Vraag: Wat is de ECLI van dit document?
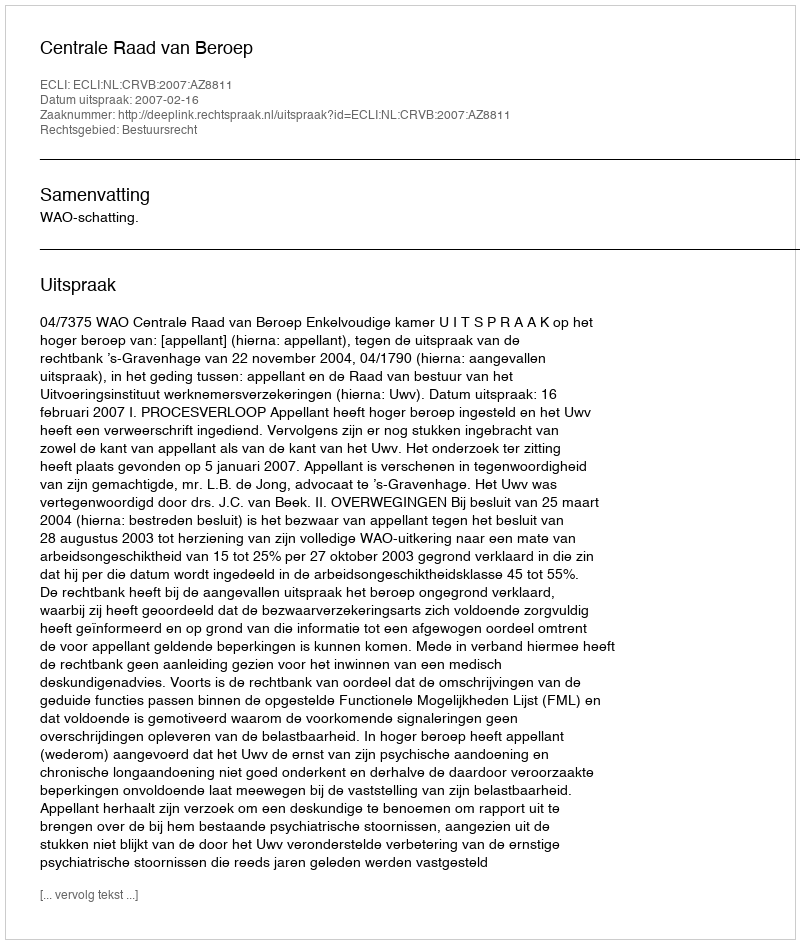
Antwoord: ECLI:NL:CRVB:2007:AZ8811